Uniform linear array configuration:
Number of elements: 12
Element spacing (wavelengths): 0.25
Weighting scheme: hann
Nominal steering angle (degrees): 60
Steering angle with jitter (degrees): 61.626
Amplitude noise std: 0.05
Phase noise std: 0.05

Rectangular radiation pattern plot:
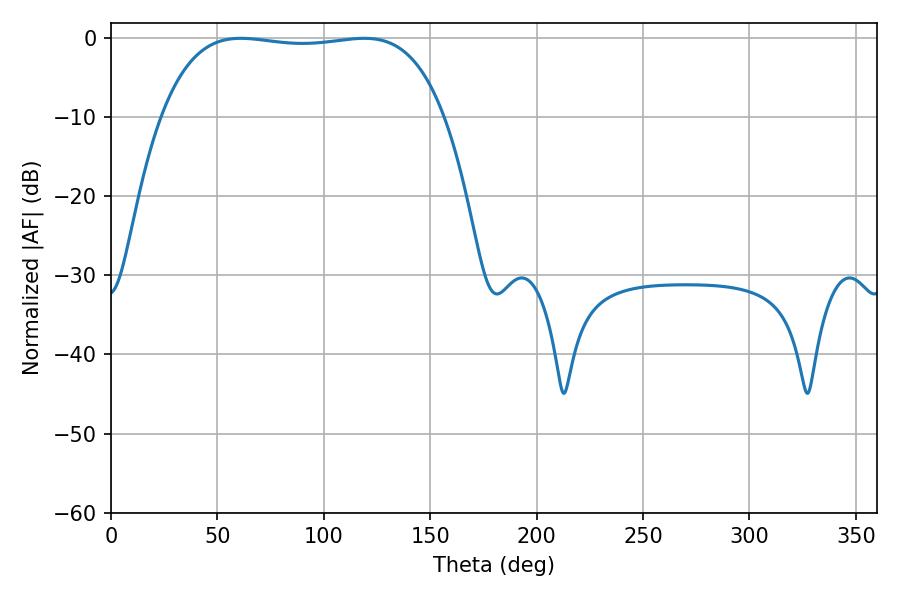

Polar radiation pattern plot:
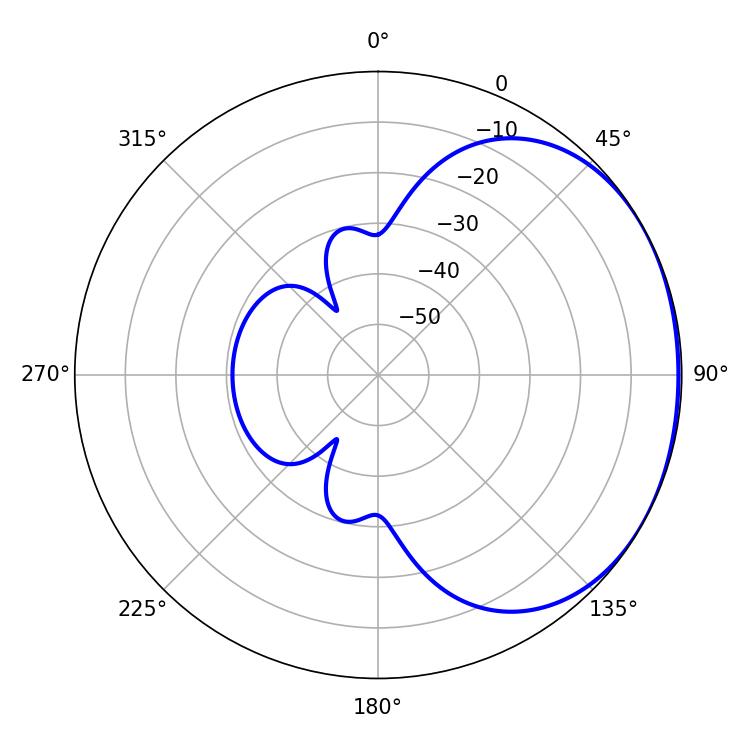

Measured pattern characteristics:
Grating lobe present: FALSE
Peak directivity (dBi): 1.256
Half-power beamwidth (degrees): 105.12
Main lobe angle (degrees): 61.02